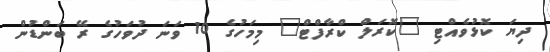
ދިޔަ ކޮޅުވެއްޓި "ކޮރަލް ކްރާފްޓް" މިމަހުގެ 10 ވަނަ ދުވަހުގެ ރޭ ބަންޑުން